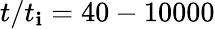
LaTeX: t/t_{\mathbf{i}}=40-10000